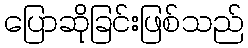
ပြောဆိုခြင်းဖြစ်သည်